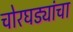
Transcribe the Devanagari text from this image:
चोरघड्यांचा